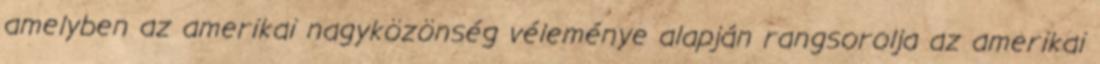
amelyben az amerikai nagyközönség véleménye alapján rangsorolja az amerikai